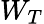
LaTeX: W_{T}